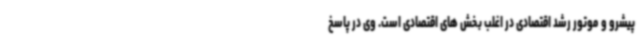
پیشرو و موتور رشد اقتصادی در اغلب بخش های اقتصادی است. وی در پاسخ